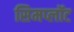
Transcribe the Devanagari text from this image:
सिमप्लॉट